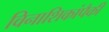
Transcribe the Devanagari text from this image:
विनाशिकांपैकी